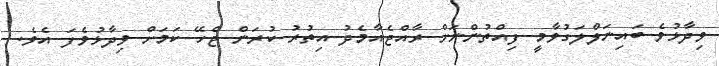
ވިދާޅުވެ ބައިނަލްލަގުވާމީ ފިއްތުންނަށް ރާއްޖެއާމެދު އިތުރު ކުރަން ޖެހޭ ކަމަށް ވިދާޅުވެފަ އެވެ.